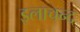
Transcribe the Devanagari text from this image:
इलाचन्द